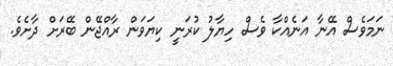
ނަމަވެސް އޭނާ އަނެއްކާ ވެސް ހިޔާލު ކުރަނީ ކިޔަވަން ރާއްޖޭން ބޭރަށް ދާށެވެ.